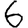
Digit: 6